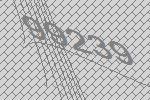
99239